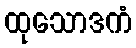
ထုသောဒကံ